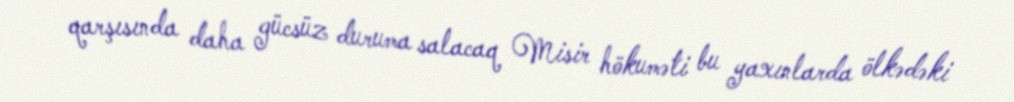
qarşısında daha gücsüz duruma salacaq Misir hökuməti bu yaxınlarda ölkədəki